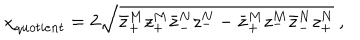
{ \chi } _ { q u o t i e n t } = 2 \sqrt { \bar { z } _ { + } ^ { M } z _ { + } ^ { M } \bar { z } _ { - } ^ { N } z _ { - } ^ { N } - \bar { z } _ { + } ^ { M } z _ { - } ^ { M } \bar { z } _ { - } ^ { N } z _ { + } ^ { N } } \ ,